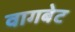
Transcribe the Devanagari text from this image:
वागबेट